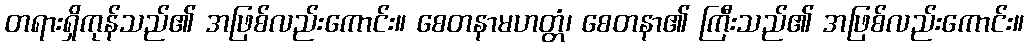
တရားရှိကုန်သည်၏ အဖြစ်လည်းကောင်း။ စေတနာမဟတ္တံ၊ စေတနာ၏ ကြီးသည်၏ အဖြစ်လည်းကောင်း။